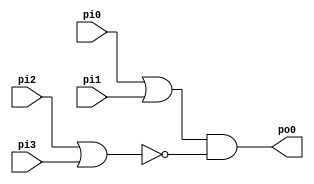
module test_10 (
	pi0, pi1, pi2, pi3,
	po0);
  	input pi0, pi1, pi2, pi3;
  	output po0;
  	wire n1, n2;
	assign n1 = pi0 | pi1;
	assign n2 = pi2 | pi3;
	assign po0 = n1 & ~n2;
endmodule